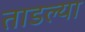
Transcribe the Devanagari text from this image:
ताडल्या